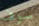
سوف